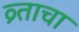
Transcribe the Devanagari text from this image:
व्र्ताचा